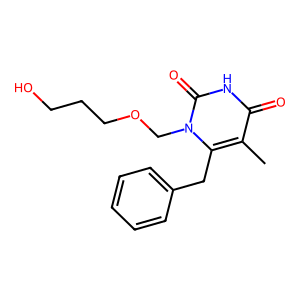
SMILES: Cc1c(Cc2ccccc2)n(COCCCO)c(=O)[nH]c1=O
Inhibits HIV replication: Yes